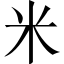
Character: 米